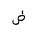
Letter: _dad